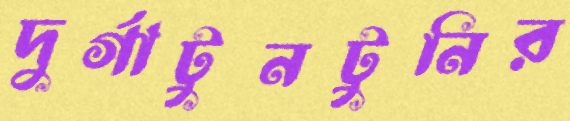
দুর্গাটুনটুনির